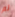
لم